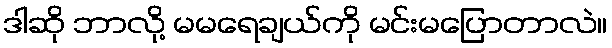
ဒါဆို ဘာလို့ မမရေချယ်ကို မင်းမပြောတာလဲ။